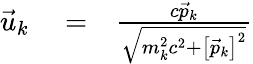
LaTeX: \begin{array}{rlr}{\vec{u}_{k}}&{{}=}&{\frac{c\vec{p}_{k}}{\sqrt{m_{k}^{2}c^{2}+\left[\vec{p}_{k}\right]^{2}}}}\end{array}